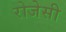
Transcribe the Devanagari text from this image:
रोजेसी